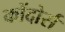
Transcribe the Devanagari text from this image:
कोंदोर्स